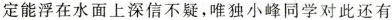
定能浮在水面上深信不疑，唯独小峰同学对此还有